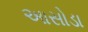
આસોડા